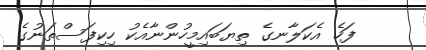
ފަހެ އެކަލާނގެ ތިޔަބައިމީހުންނާއެކު ހިކިފަސްތަނުގެ